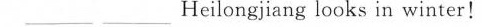
___ Heilongjiang looks in winter!